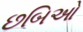
છબિઓ